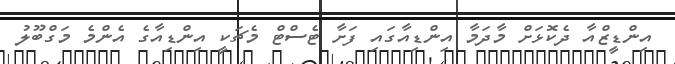
އިންޑީޒްއާ ދެކޮޅަށް މާދަމާ އިންޑިއާގައި ފަށާ ޓެސްޓް މެޗަކީ އިންޑިއާގެ އެންމެ މަގްބޫލު